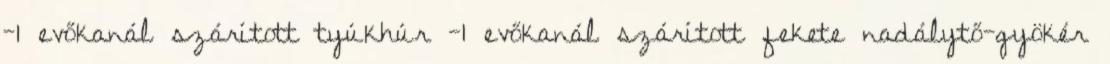
-1 evőkanál szárított tyúkhúr -1 evőkanál szárított fekete nadálytő-gyökér